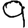
Digit: 9